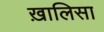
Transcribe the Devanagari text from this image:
ख़ालिसा